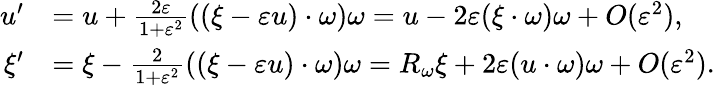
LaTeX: \begin{array}{rl}{u^{\prime}}&{=u+\frac{2\varepsilon}{1+\varepsilon^{2}}((\xi-\varepsilon u)\cdot\omega)\omega=u-2\varepsilon(\xi\cdot\omega)\omega+O(\varepsilon^{2}),}\\ {\xi^{\prime}}&{=\xi-\frac{2}{1+\varepsilon^{2}}((\xi-\varepsilon u)\cdot\omega)\omega=R_{\omega}\xi+2\varepsilon(u\cdot\omega)\omega+O(\varepsilon^{2}).}\end{array}